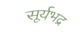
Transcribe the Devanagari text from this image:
सूर्यभद्र